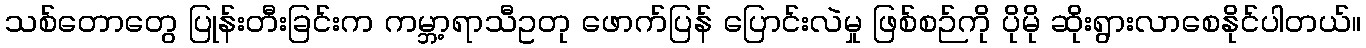
သစ်တောတွေ ပြုန်းတီးခြင်းက ကမ္ဘာ့ရာသီဥတု ဖောက်ပြန် ပြောင်းလဲမှု ဖြစ်စဉ်ကို ပိုမို ဆိုးရွားလာစေနိုင်ပါတယ်။